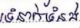
ទំនាក់ទំនង